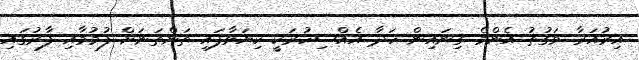
އިރުއަރާ ވަގުތު އެންމެ ގިނައިން ހަދާ އެއްސިހުރަކީ ކިޔަވާފައި ތަންތަނަށް ފުމުމާއި ފާރުގައި